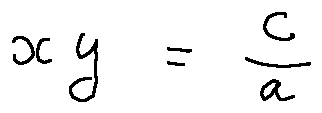
x y = \frac { c } { a }